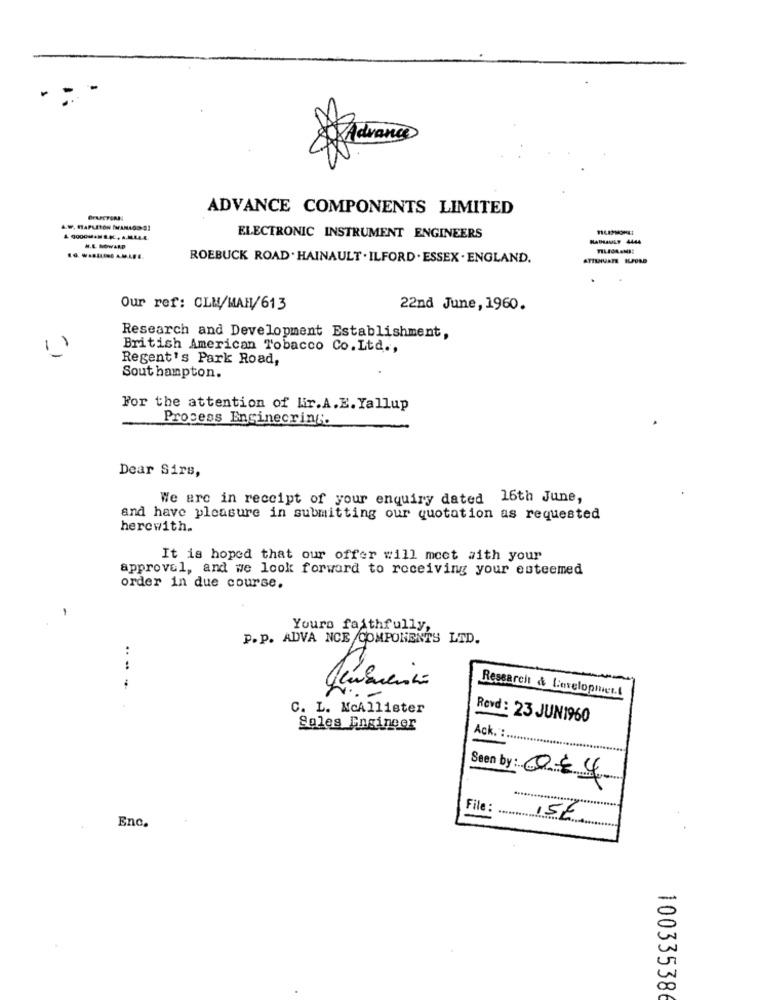
ADVANCE COMPONENTS LIMITED
A.W. MAPLETON (MANAGS 9]
ELECTRONIC INSTRUMENT ENGINEERS
RATHAULY 4444
M.E. HOWARD
ROEBUCK ROAD . HAINAULT . ILFORD . ESSEX . ENGLAND.
Our ref: CLN/MAH/613
22nd June, 1960.
Research and Development Establishment,
1
British American Tobacco Co.Ltd .,
Regent's Park Road,
Southampton.
For the attention of Kir.A.E. Yallup
Process Enginecring.
Dear Sirs,
We are in receipt of your enquiry dated 16th June,
and have pleasure in submitting our quotation as requested
herewith.
It is hoped that our offer will meet with your
approval, and we look forward to receiving your esteemed
order in due course.
-
Yours faithfully,
P.P. ADVA NCE COMPONENTS LED.
...-
Ressarcit & Lovelopier.t
C. L. McAllister
Revd : 23 JUN1960
Sales Engineer
Ack. :
Seen by: 044
File :
Enc.
100335386